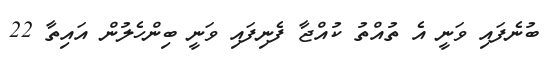
ބުނެފައި ވަނީ އެ ތުއްތު ކުއްޖާ ފެނިފައި ވަނީ ބިންހެލުން އައިތާ 22